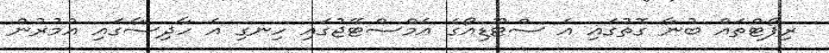
ރިޕޯޓްތައް ބުނާ ގޮތުގައި އެ ސްޓޫޑިއޯގެ އެމްސްޓޭޖުގައި ހިނގި އެ ހާދިސާގައި އުމުރުން